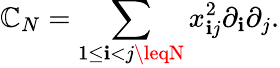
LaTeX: {\cal\mathbb{C}}_{N}=\sum_{1\leq\mathbf{i}<j\leqN}x_{\mathbf{i}j}^{2}\partial_{\mathbf{i}}\partial_{j}.